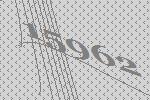
15962